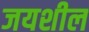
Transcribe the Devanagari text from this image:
जयशील